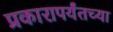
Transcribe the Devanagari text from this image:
प्रकारापर्यंतच्या